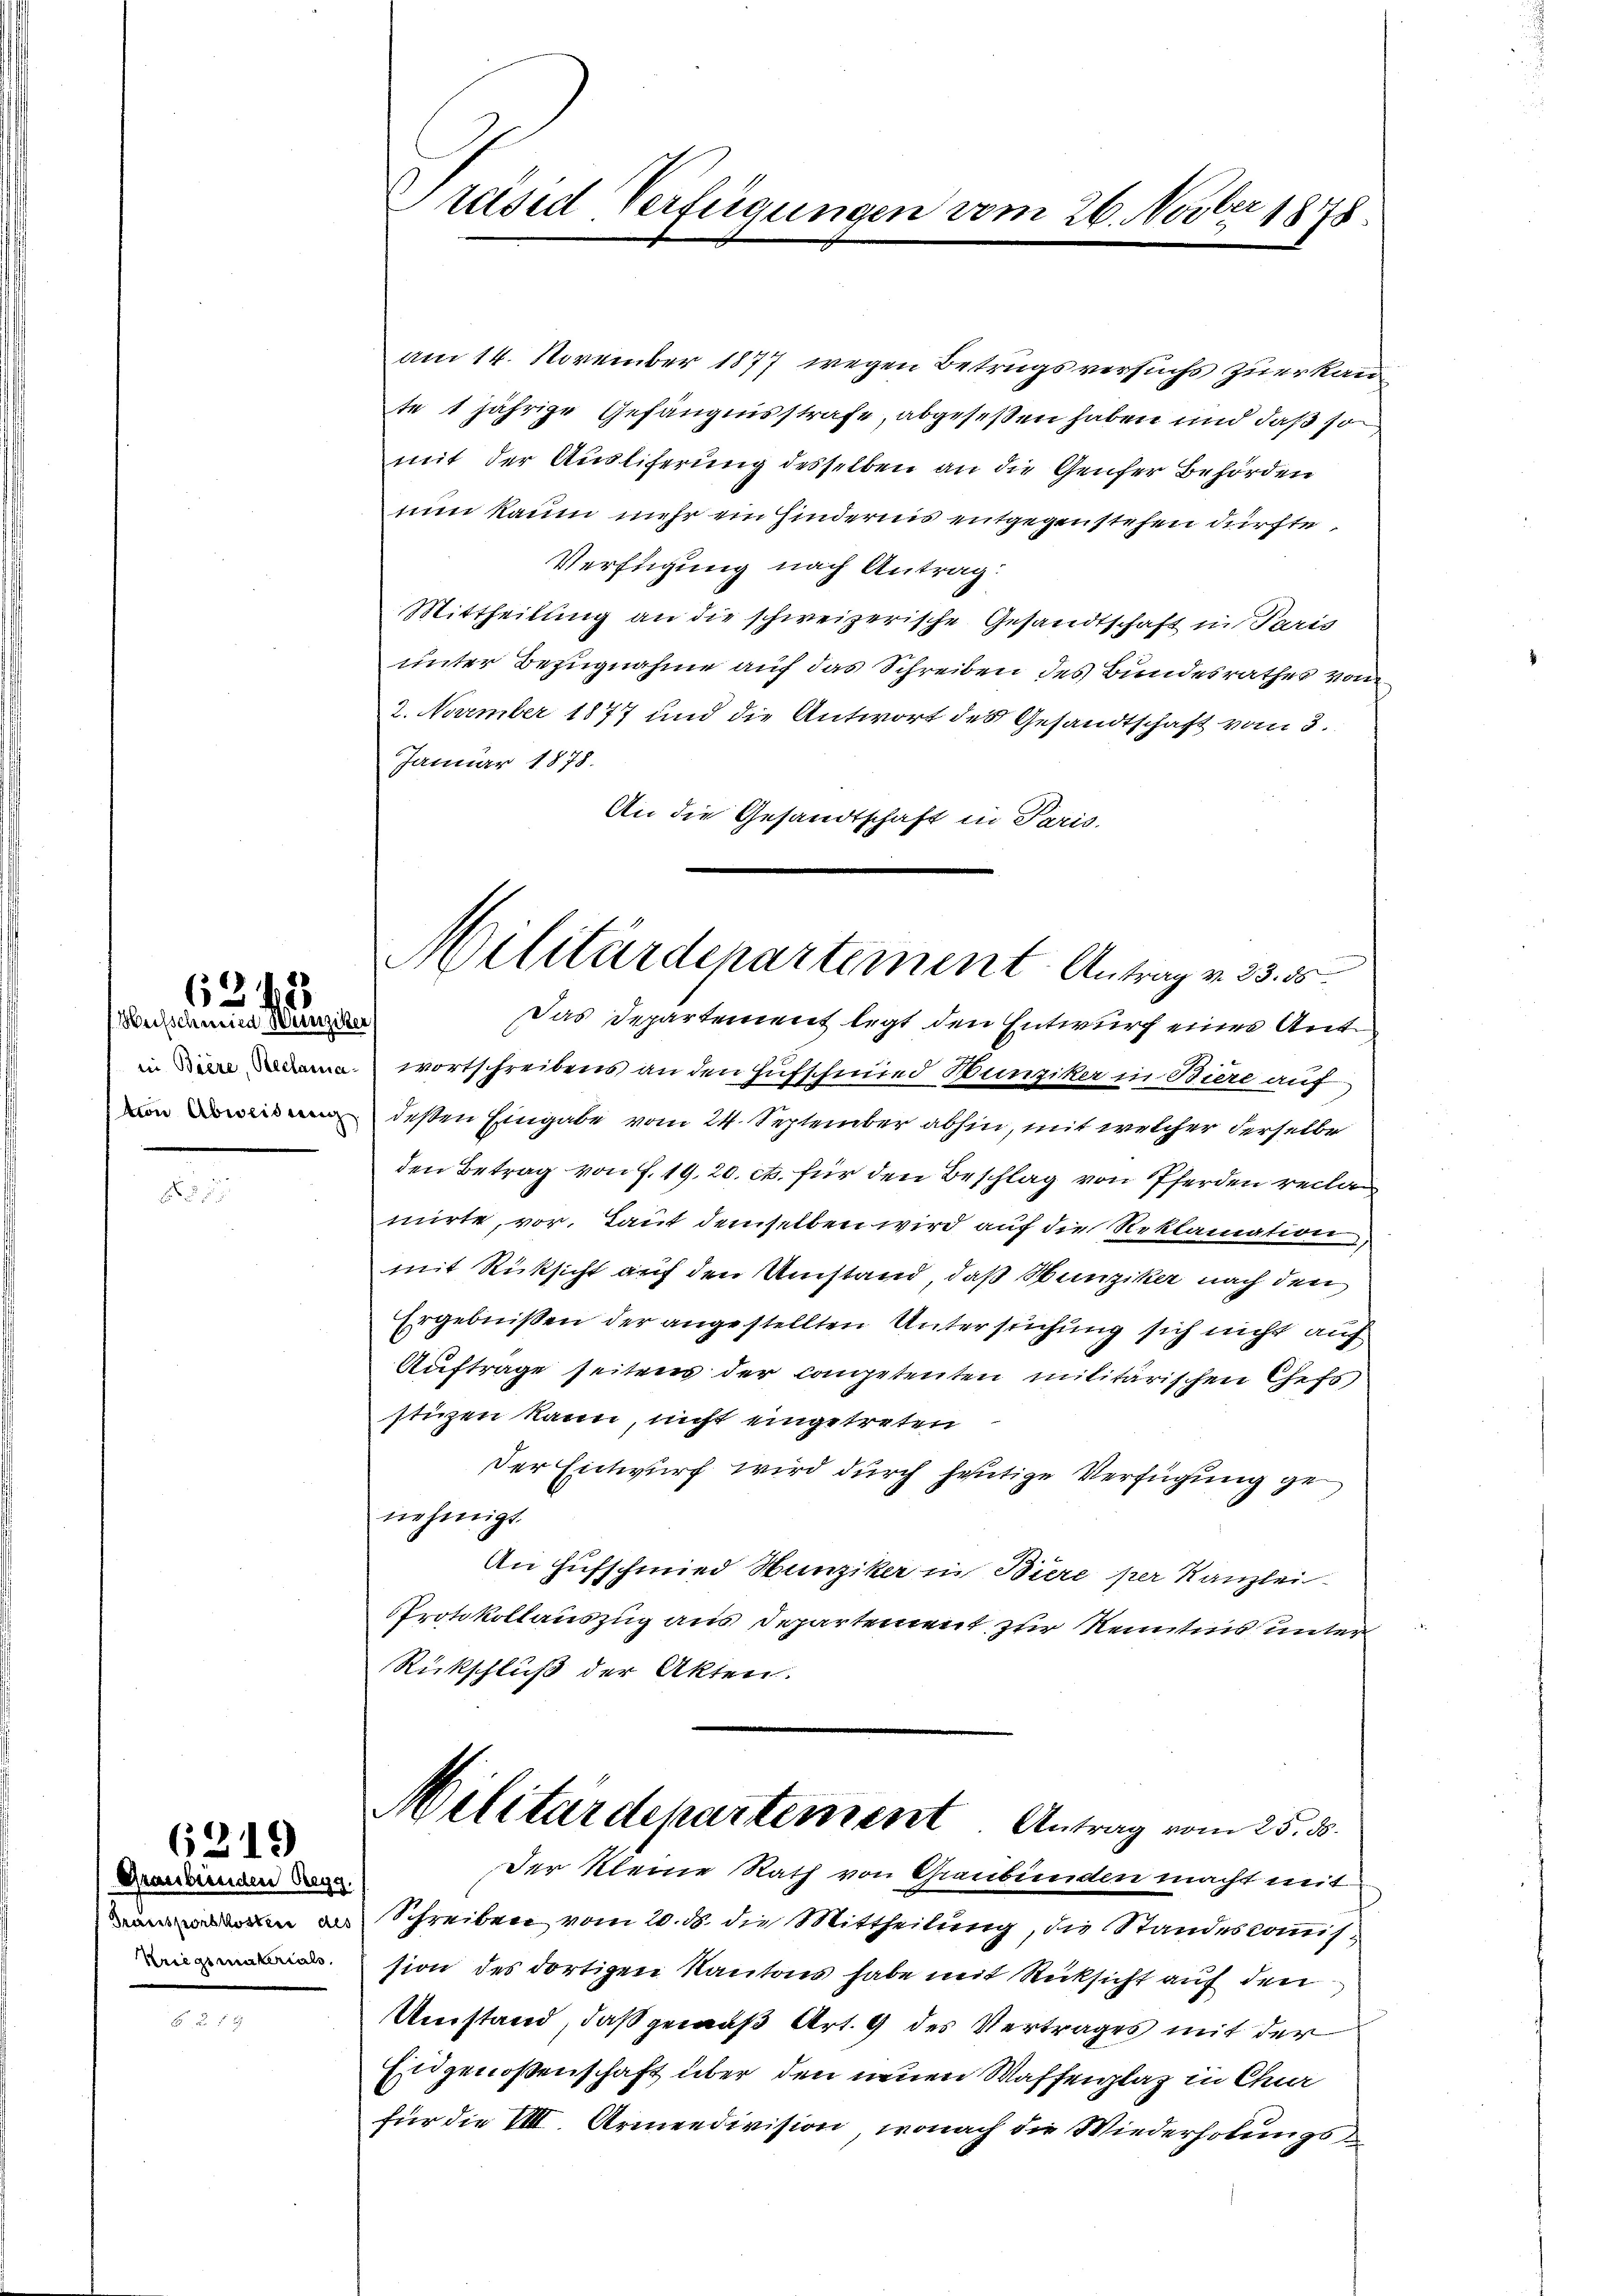
Heisschmied Weinziker,

6343

6219

(Graubünden Regg.
Kriegsmaterials,

Präsid Verfügungen

am 14. November 1877 wegen Betrugsversuchs zuerkan
te 1 jährige Gefängnisstrafe, abgeseßen haben und daß so
mit der Ausliferung desselben an die Genfer Behörden
nun kaum mehr ein Hindernis entgegenstehen dürfte.
Verfügung nach Antrag:
Mittheilung an die schweizerische Gesandtschaft in Paris
unter Bezugnahme auf das Schreiben des Bundesrathes von
2. November 1877 und die Antwort des Gesandtschaft vom 3.
Januar 1878.
An die Gesandtschaft in Paris
Das Departement legt den Entwurf eines Antinawortschreibens an den Hufschmied Hunziker in Biere auf
von deßen Eingabe vom 24. September abhin, mit welcher derselbe
den Betrag von F. 19. 20. et. für den Beschlag von Pferden reclamirte, vor. Laut demselben wird auf die Reklamation
mit Rücksicht auf den Umstand, daß Hunziker nach den
Ergebnißen der angestellten Untersuchung sich nicht auf
Auftrage seitens der Competenten militärischen Chefs,
stüzen kann, nicht eingetreten
Der Entwurf wird durch heutige Verfügung genehmigt.
An Hufschmied Hunziker in Biere per Kanzlei-
PProtokollauszug aus Departement zur Kenntnis unter
Rückschluß der Akten.

Militärdepartement Antrag v. 33. 55.

am 26. Novber 1878

der Kleine Rath von Graubünden macht mit
n in Schreiben vom 20. ds. die Mittheilung, die Standeskommis-
sion des dortigen Kantons habe mit Rücksicht auf den
Umstand, daß gemäß Art. 9 des Vertrages mit der
Eidgenoßenschaft über den neuen Waffenplaz in Chur
für die VIII Armendivision, wonach die Wiederholungs¬

Militärdepartement Antrag vom 25. ds.